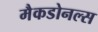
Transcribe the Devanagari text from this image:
मैकडोनल्स